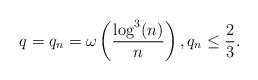
LaTeX: \begin{align*}q = q_n = \omega\left(\frac{\log^3(n)}{n}\right), q_n \leq \frac 23.\end{align*}